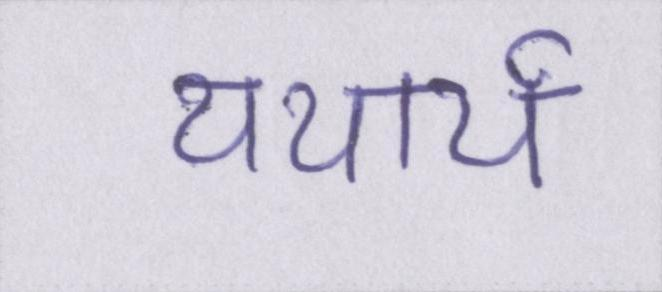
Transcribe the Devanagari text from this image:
यथार्थ